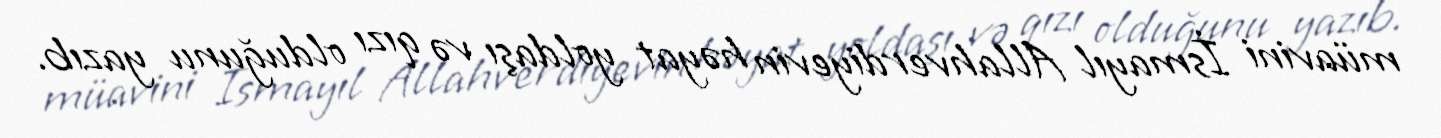
müavini İsmayıl Allahverdiyevin həyat yoldaşı və qızı olduğunu yazıb.